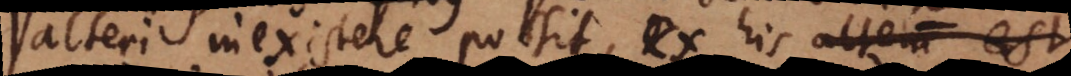
alteri inexistere possit, ex his alterum est